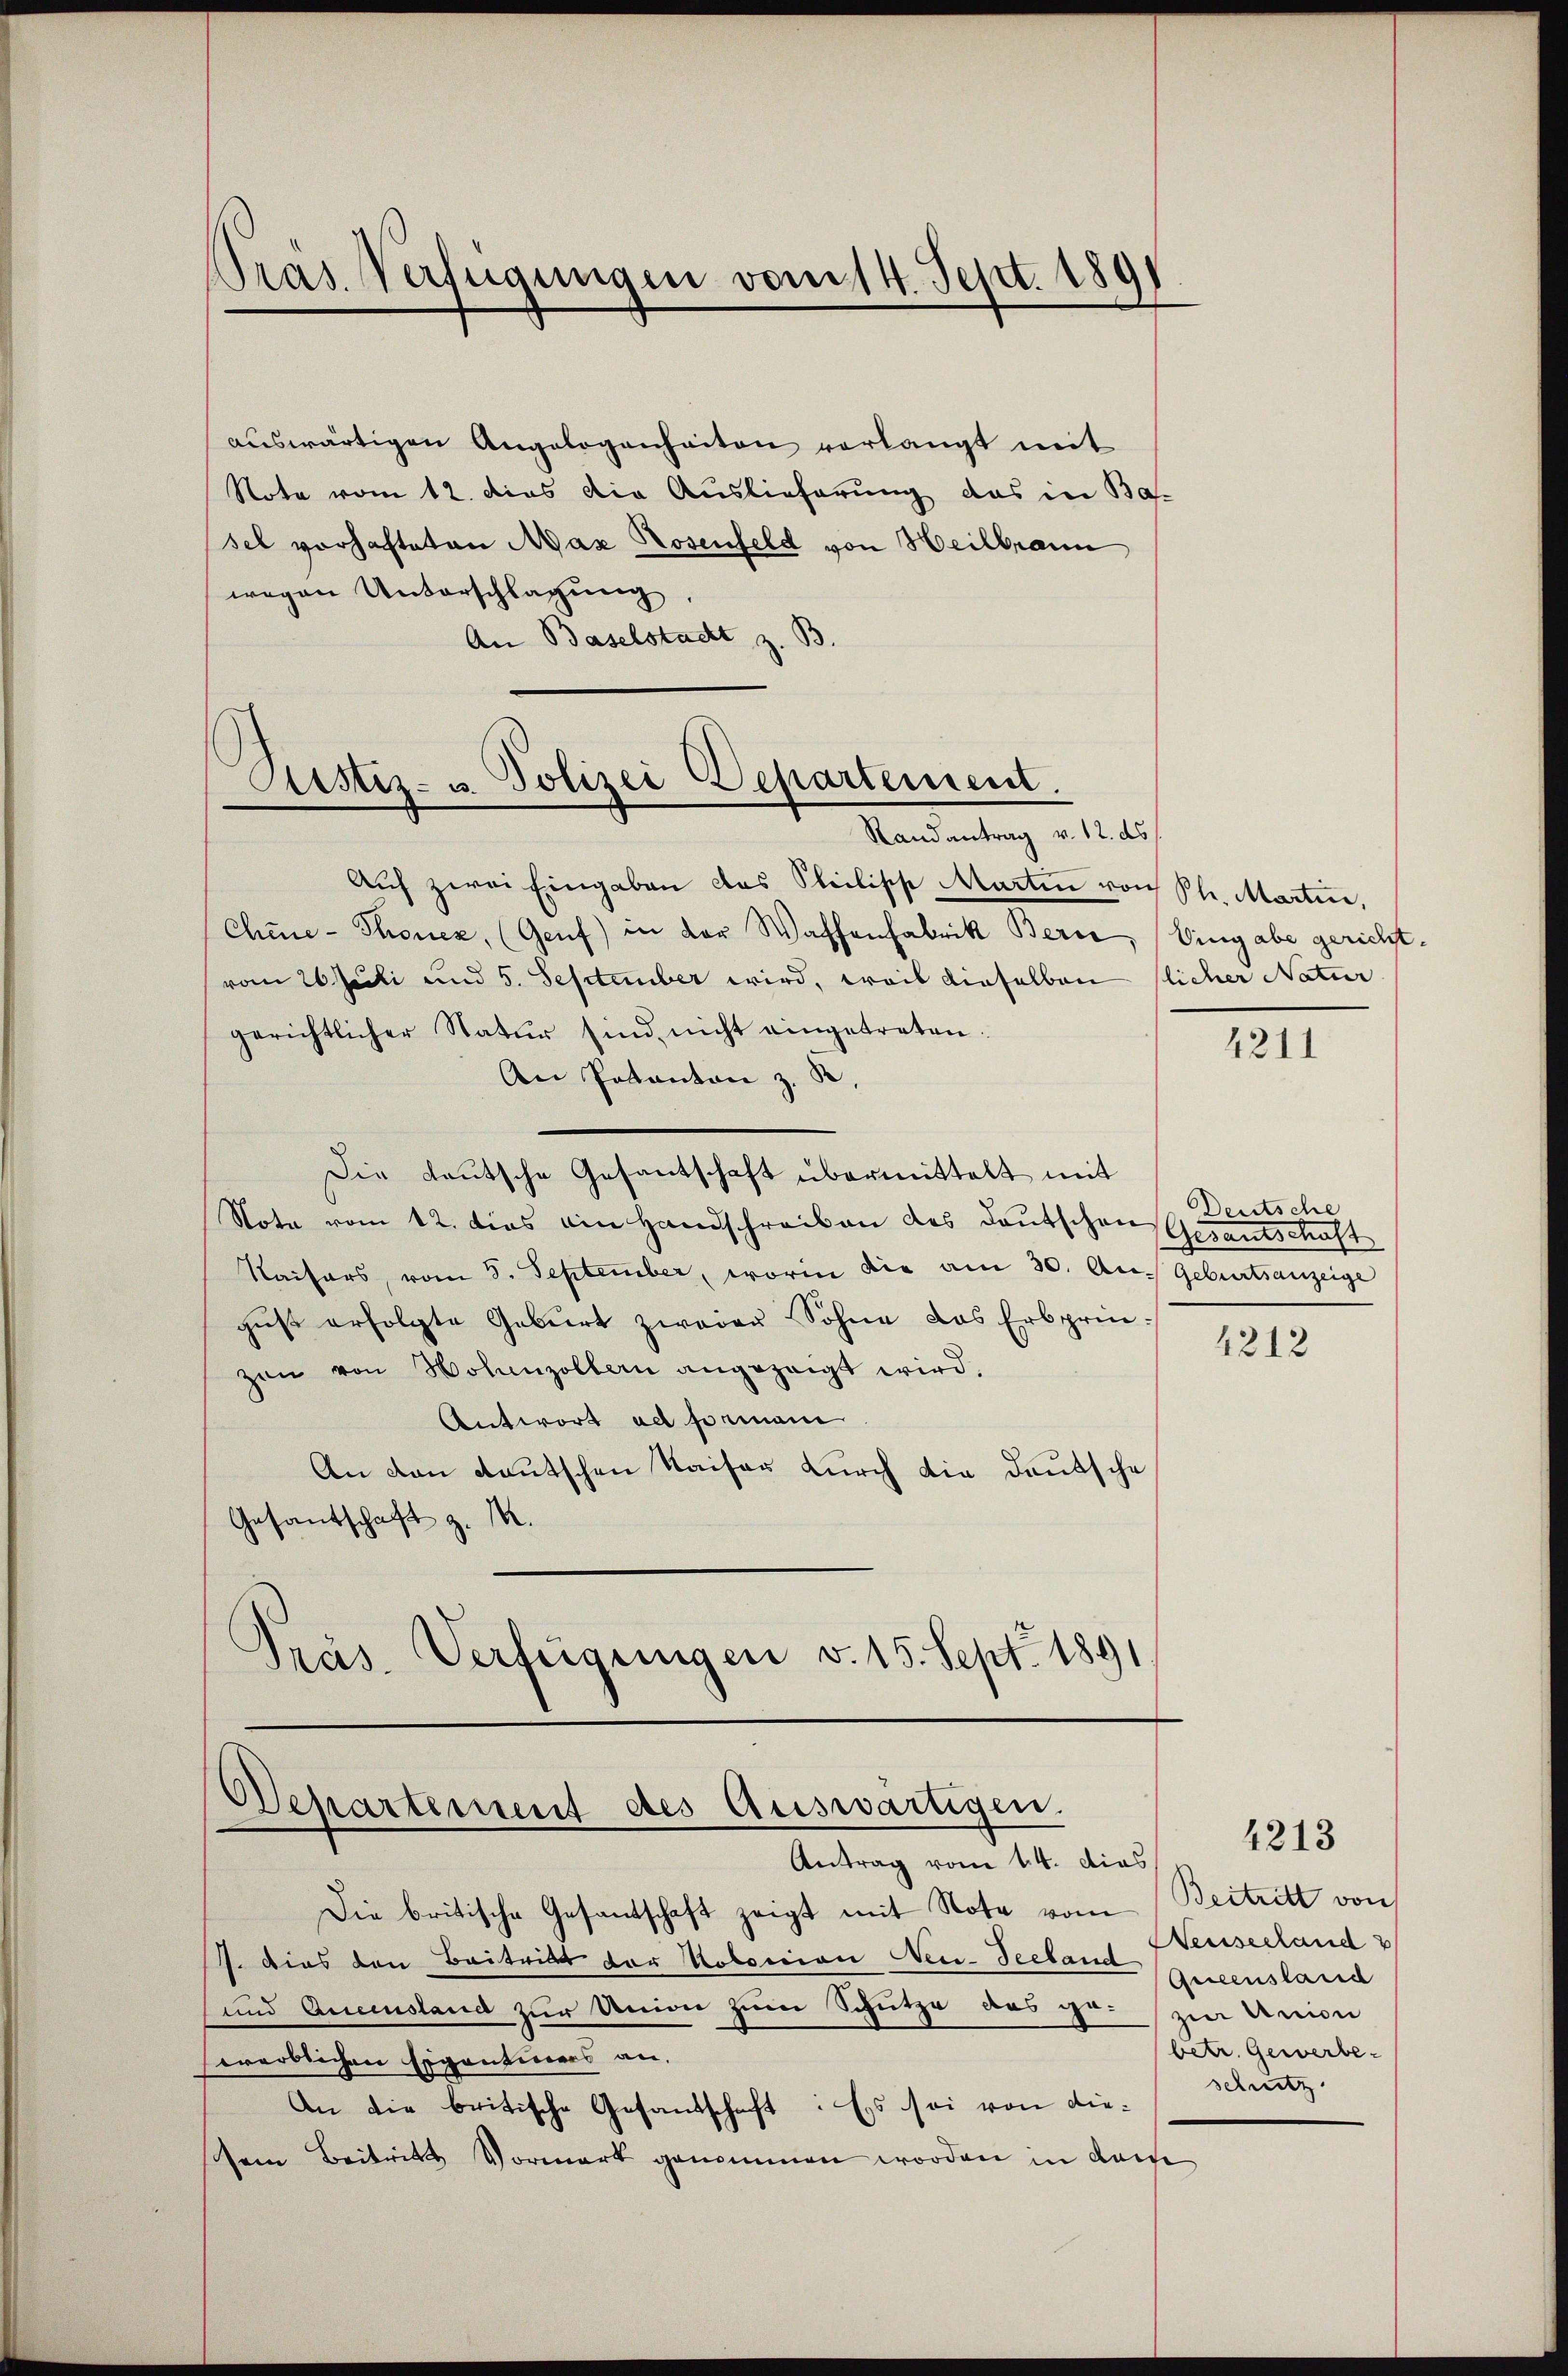
Pras. Verfügungen vom 14. Sept. 1891

auswärtigen Angelegenheiten verlangt mit
Note vom 12. dies die Auslieferung, das in Ba-
sel vorhafteten Max Rosenfeld von Heilbrann
wegen Unterschlagung
An Baselstadt z. B.

Astiz- u. Polizei Departement.
Randantrag v. 12. ds.

Auf zwei Eingaben das Steilische Marten von Se. Martin,
Chine-Thonez, (Genf) in der Waffenfabrik Berce, Eingabe gericht.
vom 26 Juli und 5. September wird, weit dieselben flicher Natur
gerichtlicher Natur sind nicht eingetreten.
An Pakanton z. R.
Die Leutsche Gesantschaft übermittelt mit
Note vom 12. dies ain Handschreiben des deutschen
Kaisers, vom 5. September, worin die am 30. Aus Geburtsanzeige
gust erfolgte Geburt zweier Sohne das Erbprin-
zen von Hohenzollern angezeigt wird.
Antwort ad Formani
An den Rautschen Kaiser durch die Deutsche
Gesantschaft z. M.
Präs. Verfügungen v. 15. Sept. 1891.

Departement des Auswärtigen.
Antrag vom 14. dies

Die britische Gesantschaft zeigt mit Note vom Beitritt von
7. Dies den Beitritt der Kolonion Neu-Seeband Queenslasse
und Anciustand zur Union zum Schütze des ge- zur Union
An die britische Gesandschaft: Es sei von die¬

werblichen Eigentiners an,
sein Beitritt Vormark genommen worden in dem

4211

Deutsche
Gesandschaft

4212

4213

Neuseeland
betr. Gewerbe-
schutz